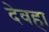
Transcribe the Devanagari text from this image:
देवहा